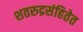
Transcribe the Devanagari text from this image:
शतरुद्रसंहितेत